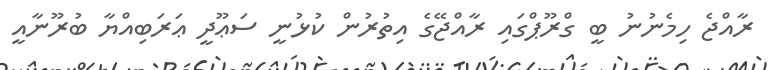
ރާއްޖެ ހިމެނުނު ބީ ގްރޫޕްގައި ރާއްޖޭގެ އިތުރުން ކުޅުނީ ސަޢޫދީ ޢަރަބިއްޔާ ބުރޫނާއީ